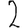
Digit: 2